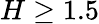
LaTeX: H\ge 1.5